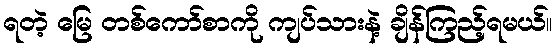
ရတဲ့ မြေ တစ်ကော်စာကို ကျပ်သားနဲ့ ချိန်ကြည့်ရမယ်။